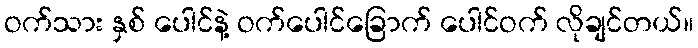
ဝက်သား နှစ် ပေါင်နဲ့ ဝက်ပေါင်ခြောက် ပေါင်ဝက် လိုချင်တယ်။